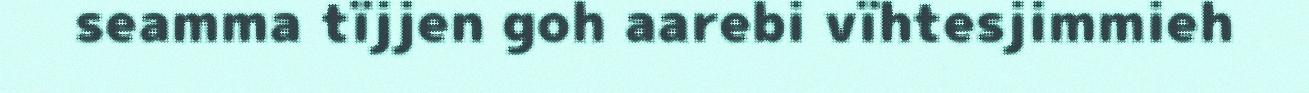
seamma tïjjen goh aarebi vïhtesjimmieh